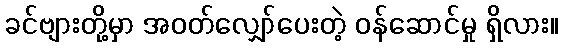
ခင်ဗျားတို့မှာ အဝတ်လျှော်ပေးတဲ့ ဝန်ဆောင်မှု ရှိလား။